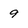
Character: 9